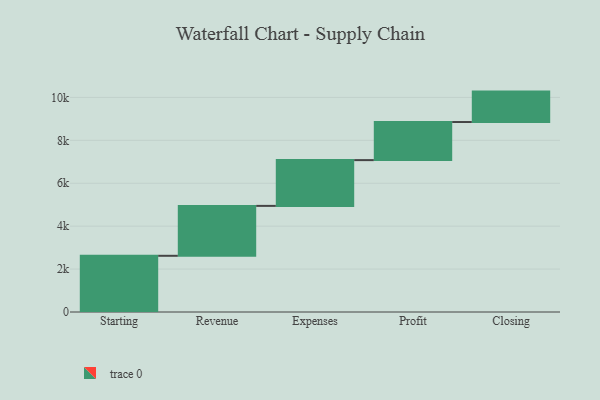
{"axis": {"x": "Step", "y": "Value"}, "legend": [""], "data": [{"x": "Starting", "y": 2619.0, "type": ""}, {"x": "Revenue", "y": 2326.0, "type": ""}, {"x": "Expenses", "y": 2133.0, "type": ""}, {"x": "Profit", "y": 1775.0, "type": ""}, {"x": "Closing", "y": 1418.0, "type": ""}]}